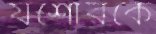
যশোরকে